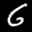
Label: 6